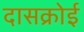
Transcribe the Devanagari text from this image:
दासक्रोई